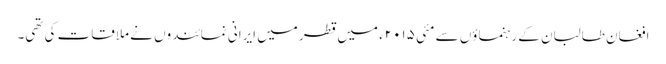
افغان طالبان کے رہنماؤں سے مئی ۲۰۱۵ء میں قطر میں ایرانی نمائندوں نے ملاقات کی تھی۔